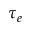
\tau _ { e }